Vaccination in the Punjab 1867-1880 - 1867-1880
Year: 1867
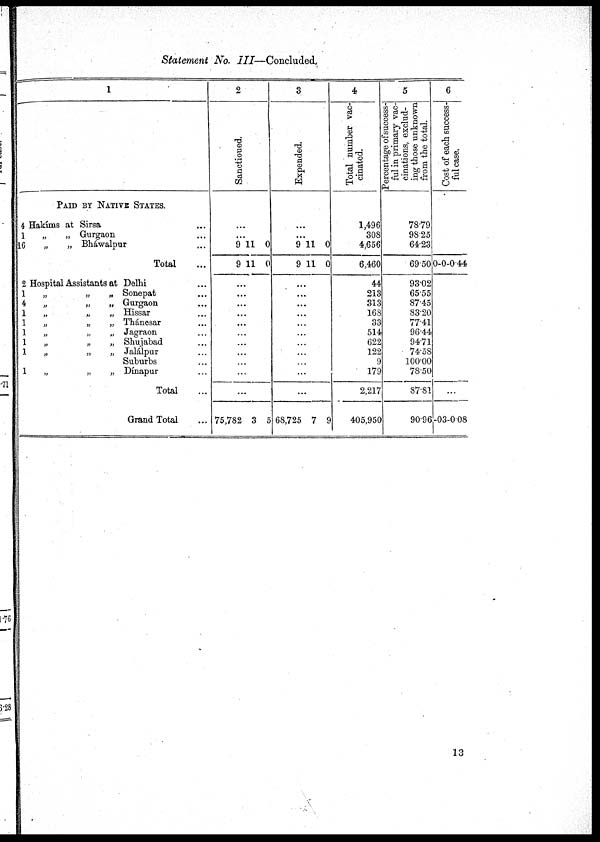
Statement No. III—Concluded
1
4
1
16
2
1
4
1
PAID BY NATIVE STATES.
Hakíms at Sirsa ...
„ „ Gurgaon ...
„
„ Bháwalpur ...
Total ...
Hospital Assistants at Delhi ...
„
„
„ Sonepat ...
„ „ „ Gurgaon ...
„ „ „ Hissar ...
„
„
„
Thánesar ...
„ „ „ Jagraon ...
„
„
„
Shujabad ...
„
„
„
Jalálpur
Suburbs ...
„
„
„
Dínapur ...
Total ...
Grand Total ...
2
Sanctioued.
...
...
9
9
11
11
0
0
...
...
...
...
...
...
...
...
...
...
...
75,782 3 5
3
Expended.
...
...
9
9
11
11
0
0
...
...
...
...
...
...
...
...
...
...
...
68,725 7 9
4
Total number vac-
cinated.
1,496
308
4,656
6,460
44
213
313
168
33
514
622
122
9
179
2,217
405,950
5
Percentage of success-
ful in primary vac-
cinations, exclud-
ing those unknown
from the total.
78.79
98.25
64.23
69.50
93.02
65.55
87.45
83.20
77.41
96.44
94.71
74.58
100.00
78.50
87.81
9096
6
Cost of each success-
ful case.
0-0-0.44
...
-03-008
13